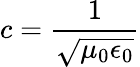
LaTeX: c=\frac{1}{\sqrt{\mu_{0}\epsilon_{0}}}